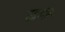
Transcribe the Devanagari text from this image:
हुडुगि